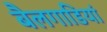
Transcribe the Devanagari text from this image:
बैलगाडियां